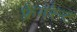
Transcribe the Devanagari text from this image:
फ्रेगरेन्ट